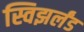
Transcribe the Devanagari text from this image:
स्विझर्लंड